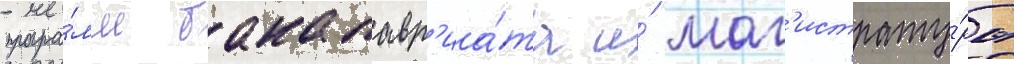
програ́мм бакалавр'иа́та и́ маг'истрату́ры